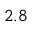
_ { 2 . 8 }